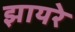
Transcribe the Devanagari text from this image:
झायरे